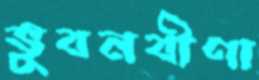
ভুবনবীণা